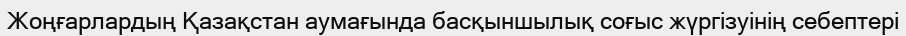
Жоңғарлардың Қазақстан аумағында басқыншылық соғыс жүргізуінің себептері